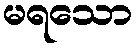
မရသော